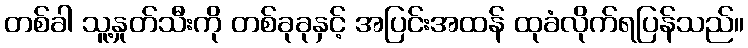
တစ်ခါ သူ့နှုတ်သီးကို တစ်ခုခုနှင့် အပြင်းအထန် ထုခံလိုက်ရပြန်သည်။